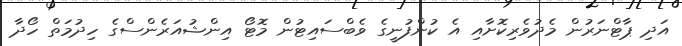
އަދި ޕާޓްނަރުން މެދުވެރިކޮށާއި އެ ކުންފުނީގެ ވެބްސައިޓުން މޮޓޯ އިންޝުއަރެންސްގެ ހިދުމަތް ހޯދާ